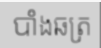
បាំងឆត្រ